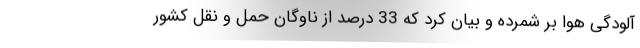
آلودگی هوا بر شمرده و بیان کرد که 33 درصد از ناوگان حمل و نقل کشور